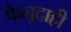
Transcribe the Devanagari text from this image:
फेलूदाही